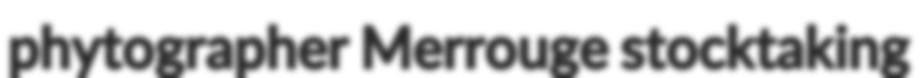
phytographer Merrouge stocktaking